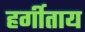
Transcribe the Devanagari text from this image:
हर्गीताय